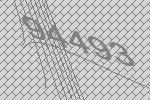
94493